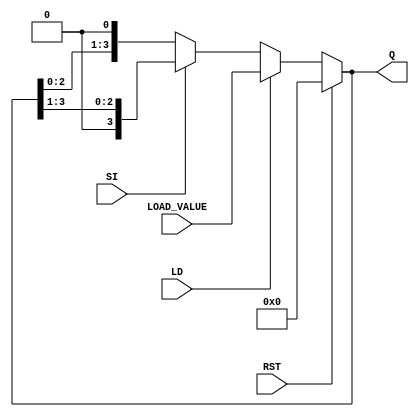
module async_shift_counter (
    input wire SI,      // Shift Input
    input wire LD,      // Load Input
    input wire RST,     // Reset Input
    input wire [3:0] LOAD_VALUE, // Value to load when LD is high
    output reg [3:0] Q  // 4-bit output for the counter
);

// Asynchronous reset and load
always @(*) begin
    if (RST) begin
        Q = 4'b0000; // Reset the counter to 0
    end else if (LD) begin
        Q = LOAD_VALUE; // Load the specified value
    end else begin
        // Shift operation
        if (SI) begin
            // Right shift
            Q = {1'b0, Q[3:1]}; // Shift right and insert 0 at MSB
        end else begin
            // Left shift
            Q = {Q[2:0], 1'b0}; // Shift left and insert 0 at LSB
        end
    end
end

endmodule